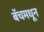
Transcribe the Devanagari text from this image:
बॅचमधून